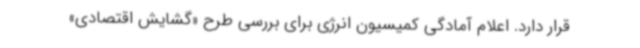
قرار دارد. اعلام آمادگی کمیسیون انرژی برای بررسی طرح «گشایش اقتصادی»